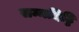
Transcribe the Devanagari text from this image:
सम्मदिट्ठि